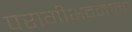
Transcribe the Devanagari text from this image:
परागीभवनाला